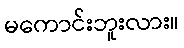
မကောင်းဘူးလား။